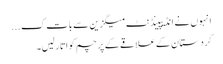
انہوں نے انڈیپینڈنٹ میگزین سے بات ک ...
کردستان کے علاقے کے پرچم کو اتار لیں۔